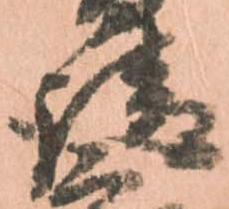
請